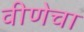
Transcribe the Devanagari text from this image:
वीणेचा